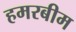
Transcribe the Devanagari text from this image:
हमरबीम